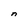
Character: n